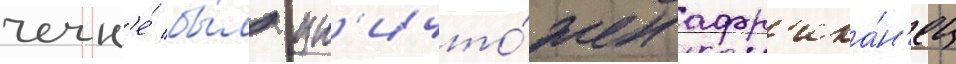
чечн'е́ бы́л ун'ичто́жен афр'ика́н'ец